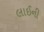
લાઈની